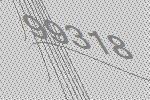
99318